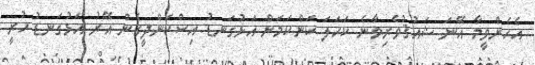
އެހެންވީމާ އޭނަ ޝައުޤުވެރިވާނެ ކަހަލަ ކަންކަމަށް އަޅުގަނޑު އިސްކަންދީގެން އޭރު އަޅުގަނޑު ހުރީ